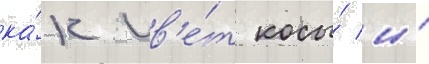
ка́к цв'е́т косы́ и́